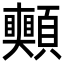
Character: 𩖀